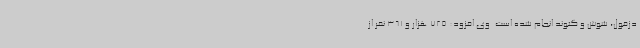
دزفول، شوش و گتوند انجام شده است. وی افزود: 725 هزار و 361 نفر از